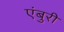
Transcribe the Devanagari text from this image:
एंबुरी